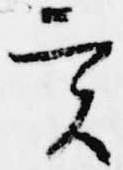
実